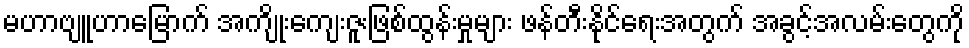
မဟာဗျူဟာမြောက် အကျိုးကျေးဇူးဖြစ်ထွန်းမှုများ ဖန်တီးနိုင်ရေးအတွက် အခွင့်အလမ်းတွေကို